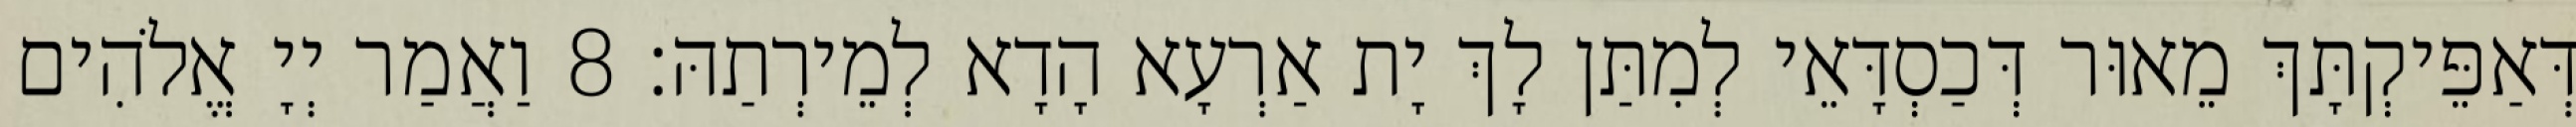
דְּאַפֵּיקְתָּךְ מֵאוּר דְּכַסְדָּאֵי לְמִתַּן לָךְ יָת אַרְעָא הָדָא לְמֵירְתַהּ׃ 8 וַאֲמַר יְיָ אֱלֹהִים